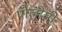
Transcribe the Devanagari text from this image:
पौलीमी